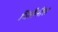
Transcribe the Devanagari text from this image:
चिलैनीस